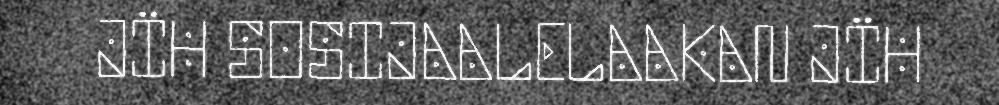
JÏH SOSIJAALELAAKAN JÏH